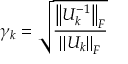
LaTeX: \gamma _ { k } = { \sqrt { \frac { \left\| U _ { k } ^ { - 1 } \right\| _ { F } } { \left\| U _ { k } \right\| _ { F } } } }